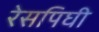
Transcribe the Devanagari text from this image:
रेसपिघी